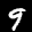
Label: 9